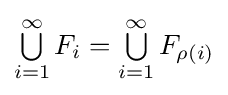
\textstyle \bigcup \limits _{i=1}^{\infty }F_{i}=\textstyle \bigcup \limits _{i=1}^{\infty }F_{\rho (i)}